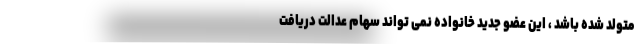
متولد شده باشد ، این عضو جدید خانواده نمی تواند سهام عدالت دریافت